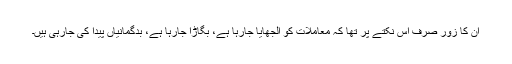
اُن کا زور صرف اِس نکتے پر تھا کہ معاملات کو الجھایا جارہا ہے، بگاڑا جارہا ہے، بدگمانیاں پیدا کی جارہی ہیں۔